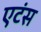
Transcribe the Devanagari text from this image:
एटंस